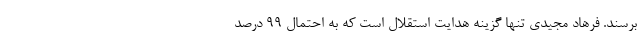
برسند. فرهاد مجیدی تنها گزینه هدایت استقلال است که به احتمال 99 درصد